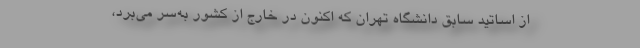
از اساتید سابق دانشگاه تهران که اکنون در خارج از کشور به‌سر می‌برد،